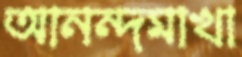
আনন্দমাখা